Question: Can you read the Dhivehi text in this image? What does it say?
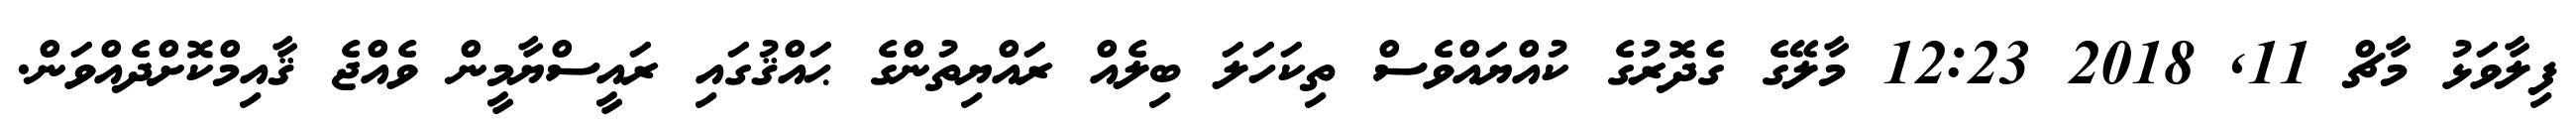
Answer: ފިލާވަޅު މާޗް 11, 2018 12:23 މާލޭގެ ގެދޮރުގެ ކުއްޔައްވެސް ތިކަހަލަ ބިލެއް ރައްޔިތުންގެ ޙައްޤުގައި ރައީސްޔާމީން ވެއްޖެ ޤާއިމްކޮށްދެއްވަން.